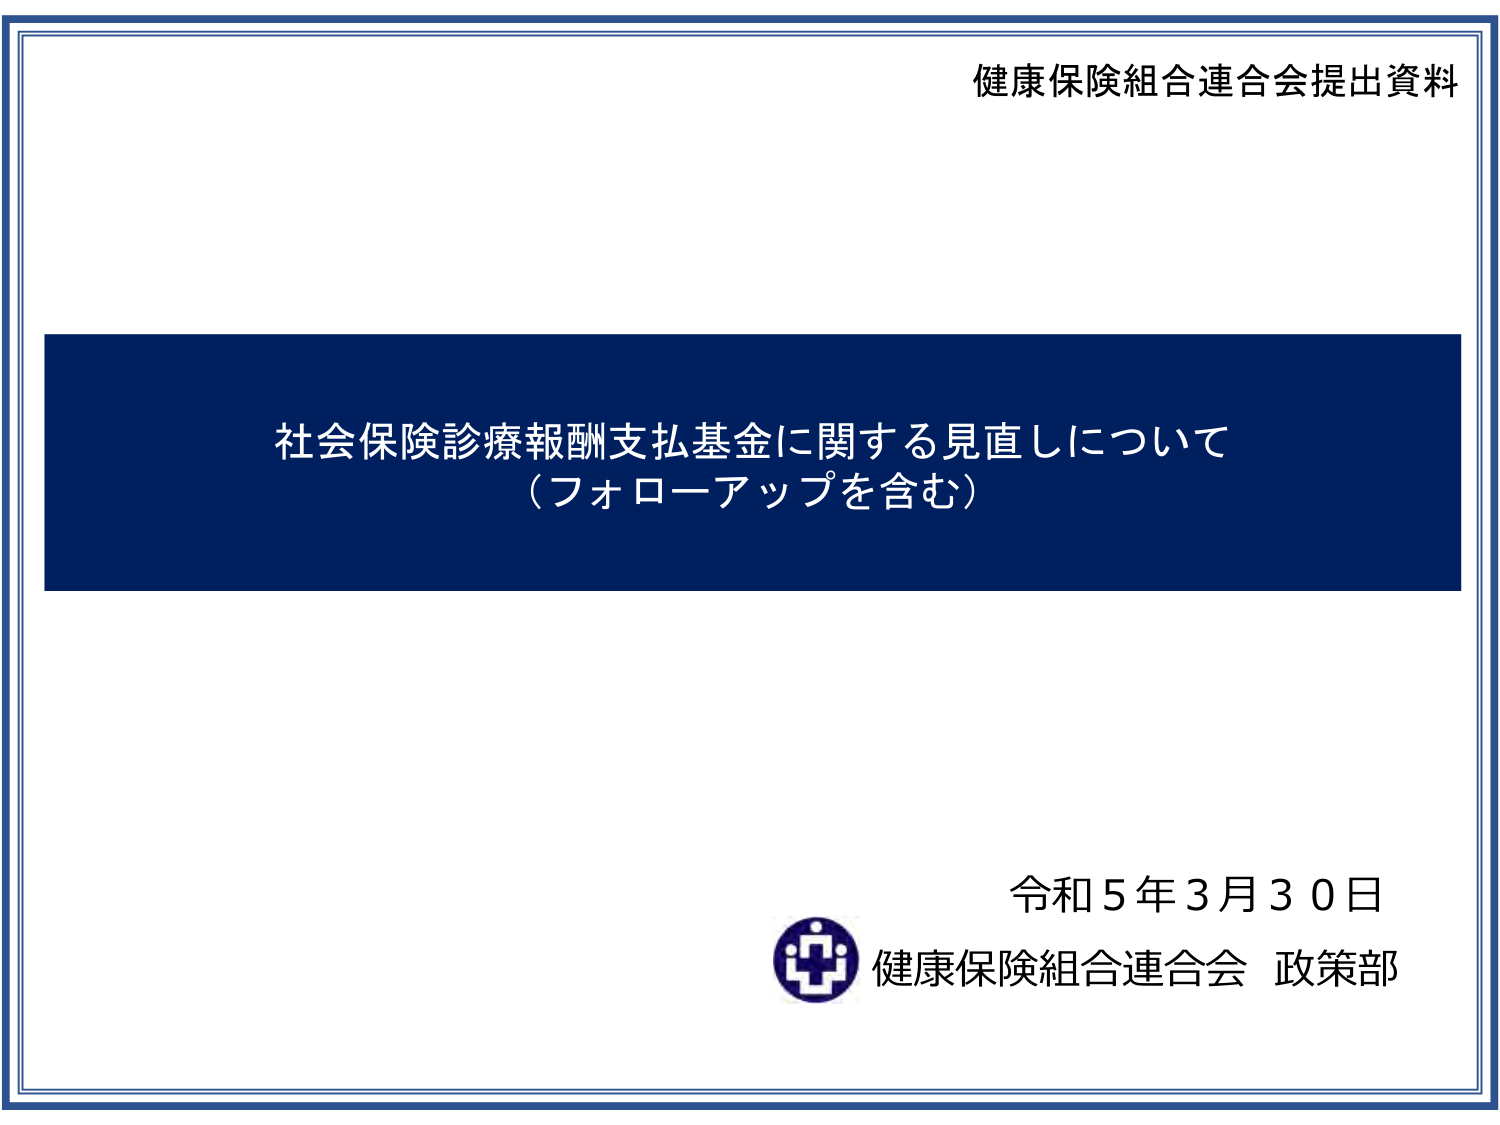
健康保険組合連合会提出資料

社会保険診療報酬支払基金に関する見直しについて
（フォローアップを含む）

令和5年3月30日
健康保険組合連合会 政策部